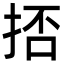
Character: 㧵